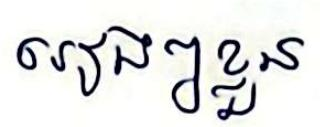
រៀងៗខ្លួន